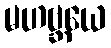
မဟဗ္ဘယေ